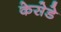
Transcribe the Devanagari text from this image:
केसेडे